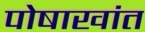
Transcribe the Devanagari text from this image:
पोषाखांत